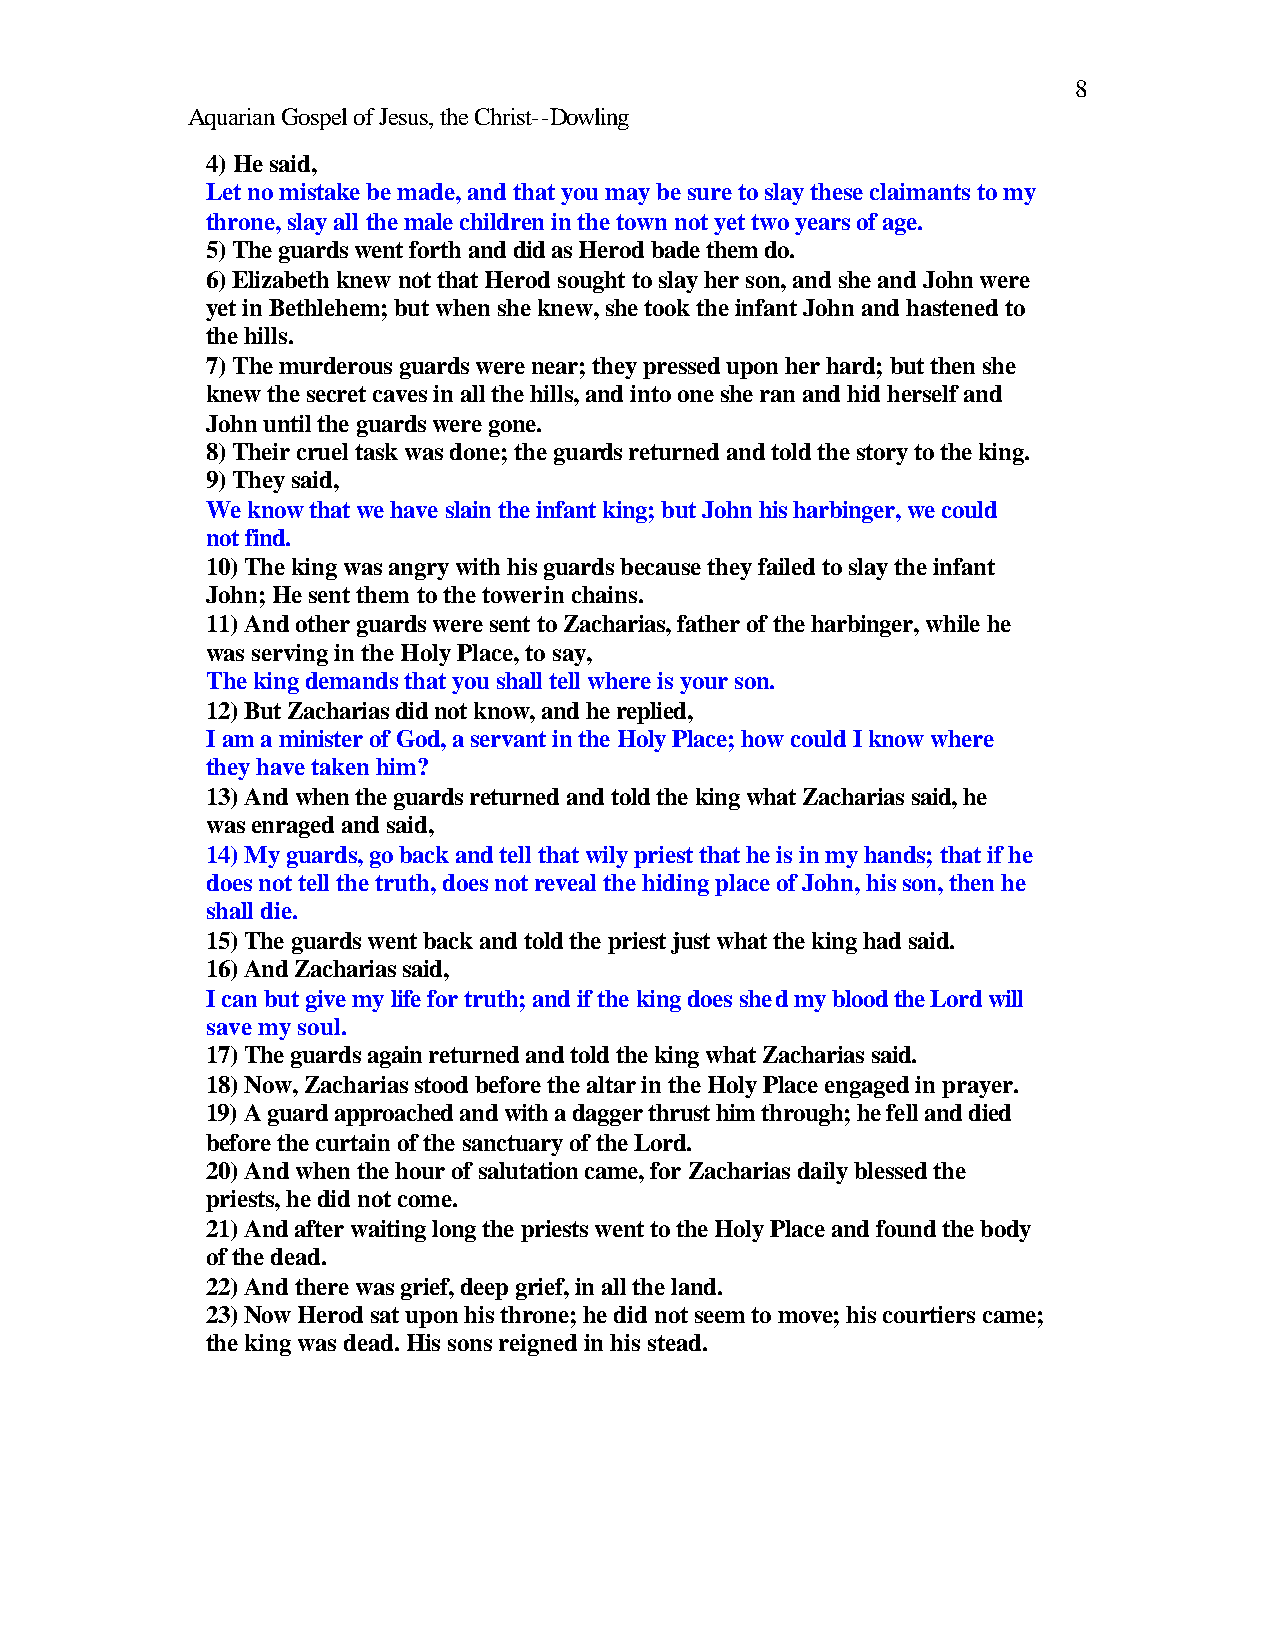
8
 Aquarian Gospel of Jesus, the Christ--Dowling
 4) He said,
 Let no mistake be made, and that you may be sure to slay these claimants to my
 throne, slay all the male children in the town not yet two years of age.
 5) The guards went forth and did as Herod bade them do.
 6) Elizabeth knew not that Herod sought to slay her son, and she and John were
 yet in Bethlehem; but when she knew, she took the infant John and hastened to
 the hills.
 7) The murderous guards were near; they pressed upon her hard; but then she
 knew the secret caves in all the hills, and into one she ran and hid herself and
 John until the guards were gone.
 8) Their cruel task was done; the guards returned and told the story to the king.
 9) They said,
 We know that we have slain the infant king; but John his harbinger, we could
 not find.
 10) The king was angry with his guards because they failed to slay the infant
 John; He sent them to the tower in chains.
 11) And other guards were sent to Zacharias, father of the harbinger, while he
 was serving in the Holy Place, to say,
 The king demands that you shall tell where is your son.
 12) But Zacharias did not know, and he replied,
 I am a minister of God, a servant in the Holy Place; how could I know where
 they have taken him?
 13) And when the guards returned and told the king what Zacharias said, he
 was enraged and said,
 14) My guards, go back and tell that wily priest that he is in my hands; that if he
 does not tell the truth, does not reveal the hiding place of John, his son, then he
 shall die.
 15) The guards went back and told the priest just what the king had said.
 16) And Zacharias said,
 I can but give my life for truth; and if the king does shed my blood the Lord will
 save my soul.
 17) The guards again returned and told the king what Zacharias said.
 18) Now, Zacharias stood before the altar in the Holy Place engaged in prayer.
 19) A guard approached and with a dagger thrust him through; he fell and died
 before the curtain of the sanctuary of the Lord.
 20) And when the hour of salutation came, for Zacharias daily blessed the
 priests, he did not come.
 21) And after waiting long the priests went to the Holy Place and found the body
 of the dead.
 22) And there was grief, deep grief, in all the land.
 23) Now Herod sat upon his throne; he did not seem to move; his courtiers came;
 the king was dead. His sons reigned in his stead.